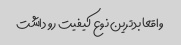
واقعا بدترین نوع کیفیت رو داشت